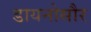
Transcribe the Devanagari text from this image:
डायनोसौर